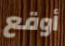
أوقع